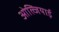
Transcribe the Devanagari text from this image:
ओल्जियाई